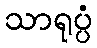
သာရုပ္ပံ